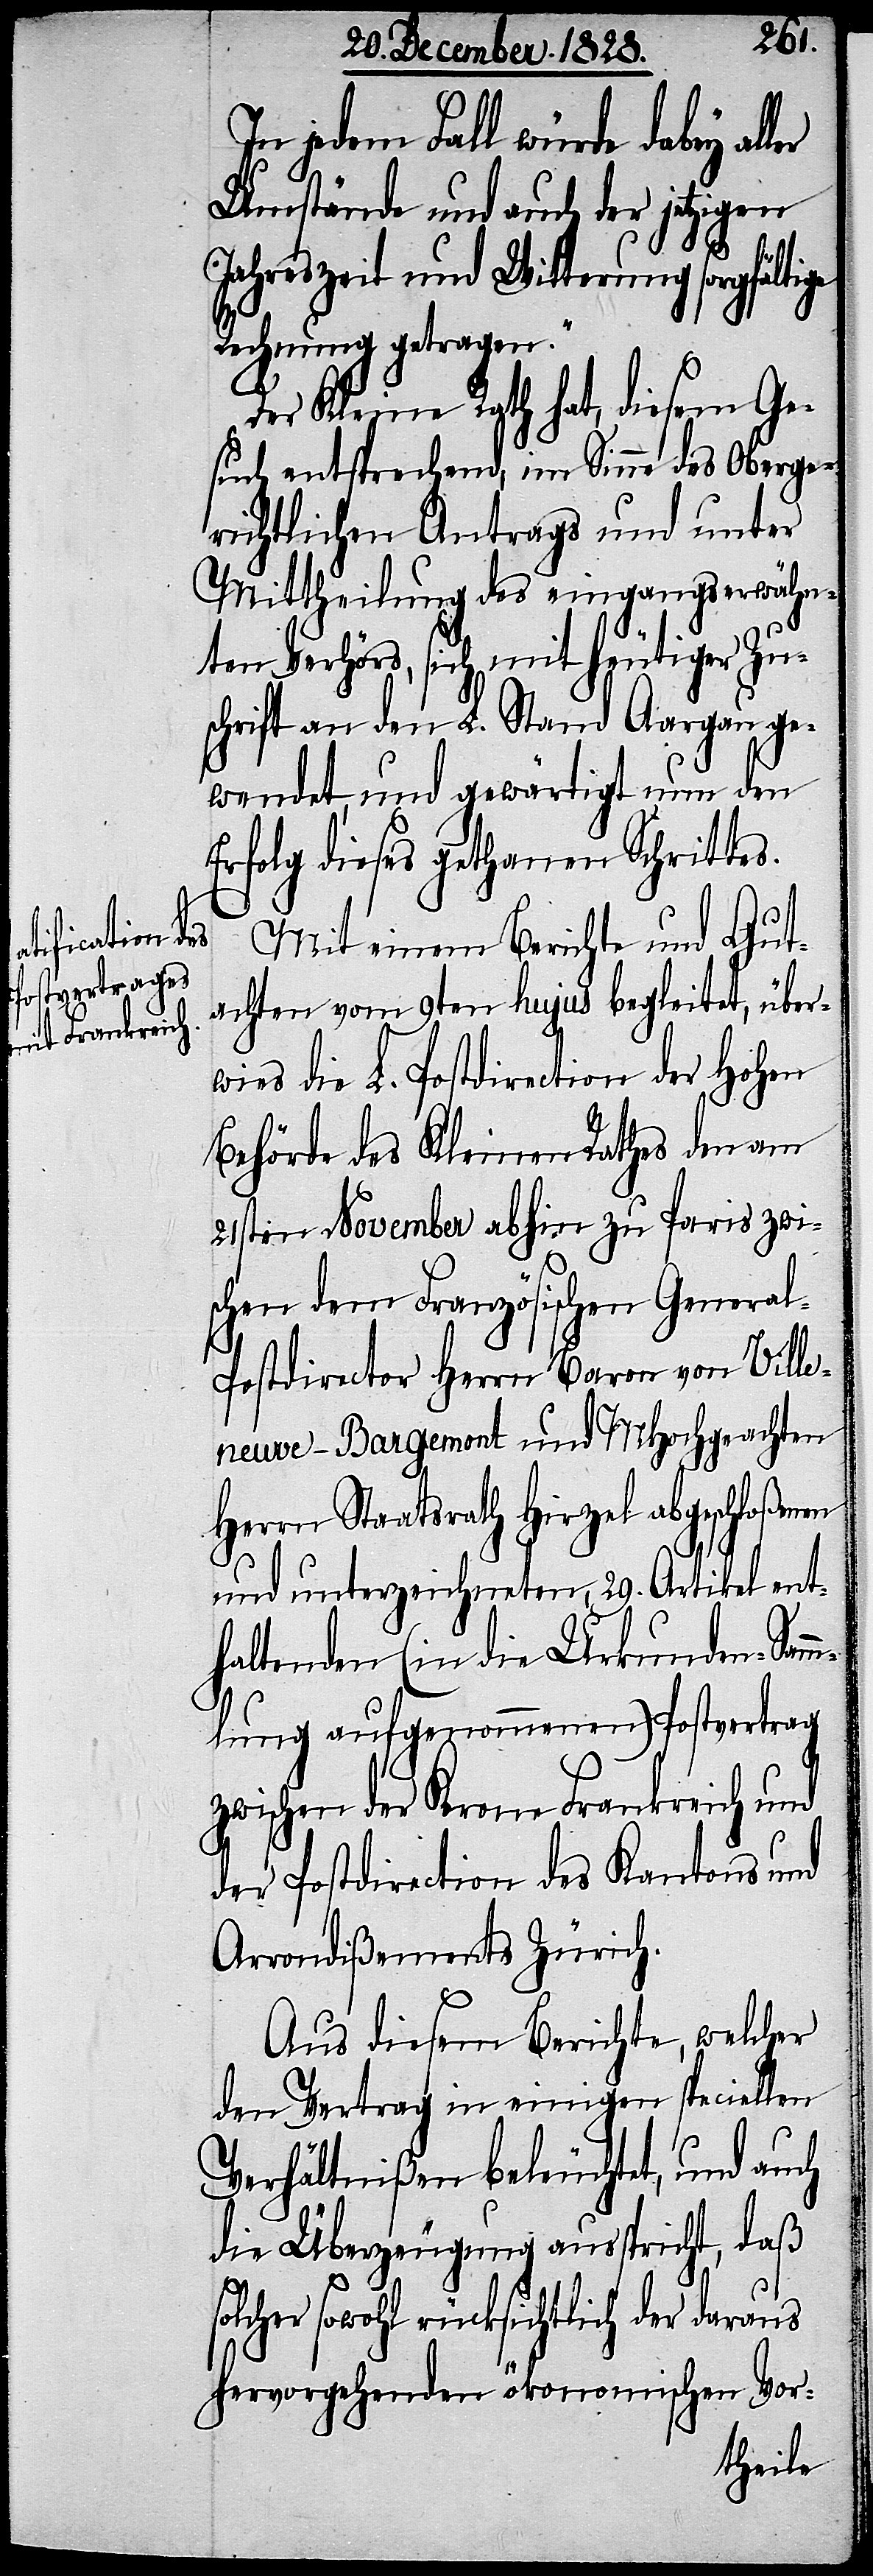
In jedem Fall würde dabey al¬
Umstände und auch der jetzigen
ler
Jahreszeit und Witterung sorgfältige
Rechnung getragen.“
Der Kleine Rath hat, diesem Ge¬
such entsprechend, im Sinne des Oberge¬
richtlichen Antrags und unter
Mittheilung des eingangserwähn¬
ten Verhörs, sich mit heutiger Zu¬
schrift an den L. Stand Aargau ge¬
wendet, und gewärtigt nun den
Erfolg dieses gethanen Schrittes.
Mit einem Berichte und Gut¬
achten vom 9ten hujus begleitet, über¬
wies die L. Postdirection der Hohen
Behörde des Kleinen Rathes den am
21sten November abhin zu Paris zwi¬
schen dem Französischen Genera¬
l-Postdirector Herrn Baron von Ville¬
neuve-Bargemont und MHochgeachten
Herrn Staatsrath Hirzel abgeschloßenen
und unterzeichneten, 29. Artikel ent¬
haltenden (in die Urkunden-Samm¬
lung aufgenommenen) Postvertrag
zwischen der Krone Frankreich und
der Postdirection des Kantons und
Arrondißements Zürich.
Aus diesem Berichte, welcher
den Vertrag in einigen speciellen
Verhältnißen beleuchtet, und auch
die Überzeugung ausspricht, daß
solcher sowohl rücksichtlich der daraus
hervorgehenden ökonomischen Vor-